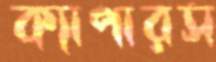
ক্যাপারস